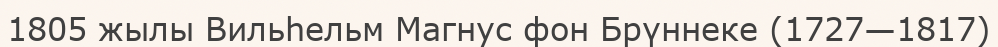
1805 жылы Вильһельм Магнус фон Брүннеке (1727—1817)